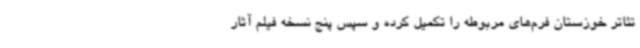
تئاتر خوزستان فرم‌های مربوطه را تکمیل کرده و سپس پنج نسخه فیلم آثار